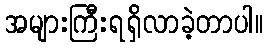
အများကြီးရရှိလာခဲ့တာပါ။